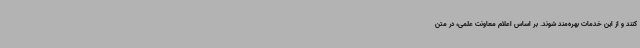
کنند و از این خدمات بهره‌مند شوند. بر اساس اعلام معاونت علمی، در متن